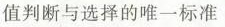
值判断与选择的唯一标准